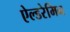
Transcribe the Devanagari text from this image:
ऐल्डरेमिन